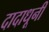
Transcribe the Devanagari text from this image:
दादाधूनी